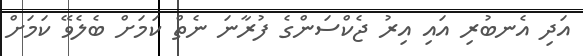
އަދި އެނބުރި އައި އިރު ޖެކްސަންގެ ފުރާނަ ނެތް ކަމަށް ބެލެވޭ ކަމަށް